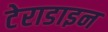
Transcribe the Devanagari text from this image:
टेराडाइन